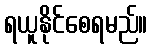
ရယူနိုင်စေရမည်။